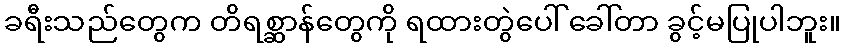
ခရီးသည်တွေက တိရစ္ဆာန်တွေကို ရထားတွဲပေါ် ခေါ်တာ ခွင့်မပြုပါဘူး။